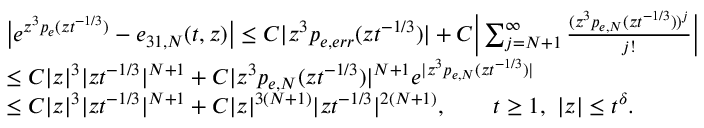
\begin{array} { r l } & { \big | e ^ { z ^ { 3 } p _ { e } ( z t ^ { - 1 / 3 } ) } - e _ { 3 1 , N } ( t , z ) \big | \leq C | z ^ { 3 } p _ { e , e r r } ( z t ^ { - 1 / 3 } ) | + C \bigg | \sum _ { j = N + 1 } ^ { \infty } \frac { ( z ^ { 3 } p _ { e , N } ( z t ^ { - 1 / 3 } ) ) ^ { j } } { j ! } \bigg | } \\ & { \leq C | z | ^ { 3 } | z t ^ { - 1 / 3 } | ^ { N + 1 } + C | z ^ { 3 } p _ { e , N } ( z t ^ { - 1 / 3 } ) | ^ { N + 1 } e ^ { | z ^ { 3 } p _ { e , N } ( z t ^ { - 1 / 3 } ) | } } \\ & { \leq C | z | ^ { 3 } | z t ^ { - 1 / 3 } | ^ { N + 1 } + C | z | ^ { 3 ( N + 1 ) } | z t ^ { - 1 / 3 } | ^ { 2 ( N + 1 ) } , \qquad t \geq 1 , \ | z | \leq t ^ { \delta } . } \end{array}